Rangoon Lunatic Asylum 1878-1892 - 1878-1892
Year: 1878
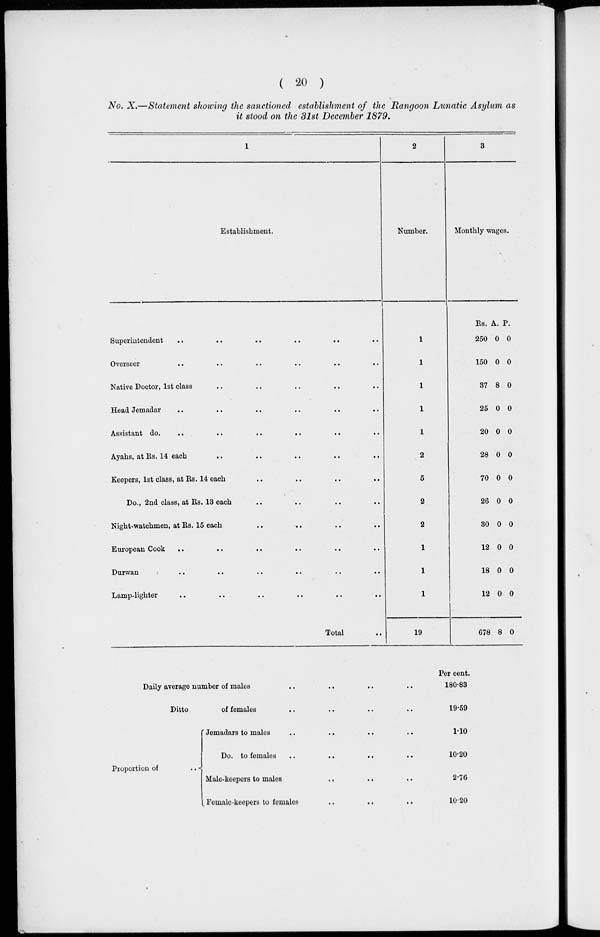
( 20 )
No. X.—Statement showing the sanctioned establishment of the Rangoon Lunatic Asylum as
it stood on the 31st December 1879.
1
Establishment.
Superintendent .. .. .. .. .. ..
Overseer
..
..
..
..
..
..
Native Doctor, 1st class .. .. .. ..
Head Jemadar .. .. .. .. .. ..
Assistant do. .. .. .. .. .. ..
Ayahs, at Rs. 14 each .. .. .. ..
Keepers, 1st class, at Rs. 14 each .. .. .. ..
Do., 2nd class, at Rs. 13 each .. .. .. ..
Night-watchmen, at Rs. 15 each .. .. .. ..
European Cook .. .. .. .. .. ..
Durwan .. .. .. .. .. ..
Lamp-lighter .. .. .. .. .. ..
Total ...
2
Number.
1
1
1
1
1
2
5
2
2
1
1
1
19
3
Monthly wages.
Rs.
250
150
37
25
20
28
70
26
30
12
18
12
678
A.
0
0
8
0
0
0
0
0
0
0
0
0
8
P.
0
0
0
0
0
0
0
0
0
0
0
0
0
Daily average number of males .. .. .. ..
Ditto
of females .. .. .. ..
Proportion of
Jemadars to males .. .. .. ..
Do. to females .. .. .. ..
Male-keepers to males .. .. .. ..
Female-keepers to females .. .. .. ..
Per cent.
180.83
19.59
1.10
10.20
2.76
10.20